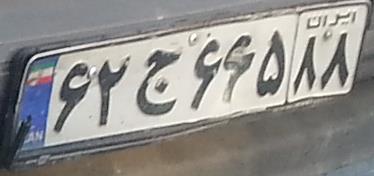
۶۲ج۶۶۵۸۸